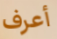
أعرف